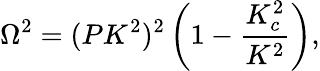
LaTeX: \Omega^{2}=(PK^{2})^{2}\left(1-\frac{K_{c}^{2}}{K^{2}}\right),